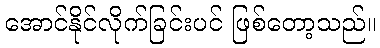
အောင်နိုင်လိုက်ခြင်းပင် ဖြစ်တော့သည်။